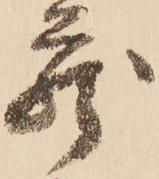
蔵